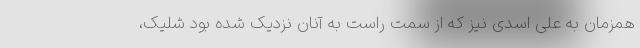
همزمان به علی اسدی نیز که از سمت راست به آنان نزدیک شده بود شلیک،